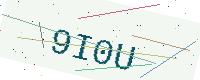
Text: 9I0U